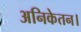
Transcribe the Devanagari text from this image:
अनिकेतन।